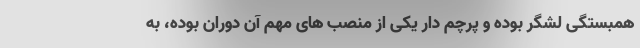
همبستگی لشگر بوده و پرچم دار یکی از منصب های مهم آن دوران بوده، به